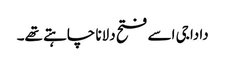
دادا جی اسے فتح دلانا چاہتے تھے۔